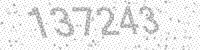
Solution: 137243